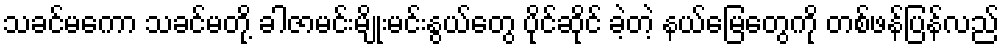
သခင်မကော သခင်မတို့ ခါဇာမင်းမျိုးမင်းနွယ်တွေ ပိုင်ဆိုင် ခဲ့တဲ့ နယ်မြေတွေကို တစ်ဖန်ပြန်လည်